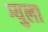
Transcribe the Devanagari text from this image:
ग्युला